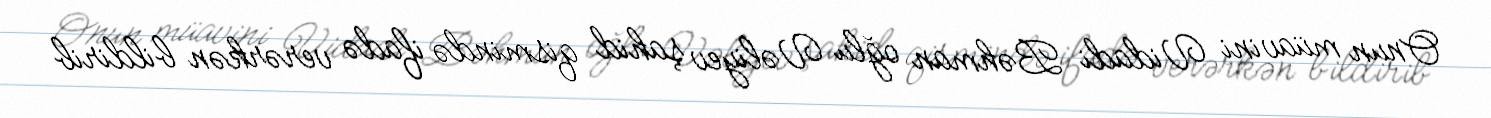
Onun müavini Vidadi Bəhman oğlu Vəliyev şahid qismində ifadə verərkən bildirib